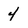
Character: 4